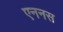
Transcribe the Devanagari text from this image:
एननस